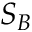
S _ { B }